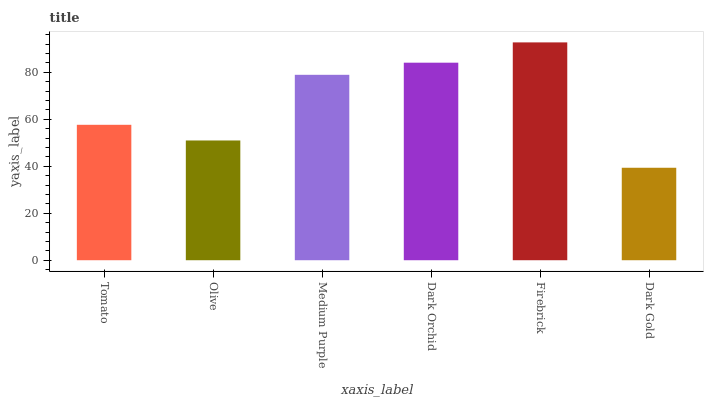
| xaxis_label | bars |
 | --- | --- |
 | Tomato | 57.6 |
 | Olive | 51 |
 | Medium Purple | 78.9 |
 | Dark Orchid | 84.1 |
 | Firebrick | 92.7 |
 | Dark Gold | 39.3 |